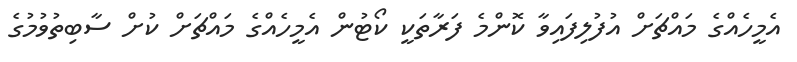
އެމީހެއްގެ މައްޗަށް އުފުލިފައިވާ ކޮންމެ ފަރާތަކީ ކޯޓުން އެމީހެއްގެ މައްޗަށް ކުށް ސާބިތުވުމުގެ